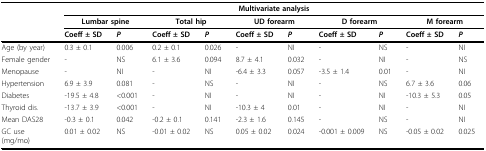
<table><thead><tr><td></td><td colspan="10"><b>Multivariate analysis</b></td></tr><tr><td></td><td colspan="2"><b>Lumbar spine</b></td><td colspan="2"><b>Total hip</b></td><td colspan="2"><b>UD forearm</b></td><td colspan="2"><b>D forearm</b></td><td colspan="2"><b>M forearm</b></td></tr><tr><td></td><td><b>Coeff ± SD</b></td><td><b><i>P</i></b></td><td><b>Coeff ± SD</b></td><td><b><i>P</i></b></td><td><b>Coeff ± SD</b></td><td><b><i>P</i></b></td><td><b>Coeff ± SD</b></td><td><b><i>P</i></b></td><td><b>Coeff ± SD</b></td><td><b><i>P</i></b></td></tr></thead><tbody><tr><td>Age (by year)</td><td>0.3 ± 0.1</td><td>0.006</td><td>0.2 ± 0.1</td><td>0.026</td><td>-</td><td>NI</td><td>-</td><td>NS</td><td>-</td><td>NI</td></tr><tr><td>Female gender</td><td>-</td><td>NS</td><td>6.1 ± 3.6</td><td>0.094</td><td>8.7 ± 4.1</td><td>0.032</td><td>-</td><td>NI</td><td>-</td><td>NS</td></tr><tr><td>Menopause</td><td>-</td><td>NI</td><td>-</td><td>NI</td><td>-6.4 ± 3.3</td><td>0.057</td><td>-3.5 ± 1.4</td><td>0.01</td><td>-</td><td>NI</td></tr><tr><td>Hypertension</td><td>6.9 ± 3.9</td><td>0.081</td><td>-</td><td>NS</td><td>-</td><td>NI</td><td>-</td><td>NS</td><td>6.7 ± 3.6</td><td>0.06</td></tr><tr><td>Diabetes</td><td>-19.5 ± 4.8</td><td>&lt;0.001</td><td>-</td><td>NI</td><td>-</td><td>NI</td><td>-</td><td>NI</td><td>-10.3 ± 5.3</td><td>0.05</td></tr><tr><td>Thyroid dis.</td><td>-13.7 ± 3.9</td><td>&lt;0.001</td><td>-</td><td>NI</td><td>-10.3 ± 4</td><td>0.01</td><td>-</td><td>NI</td><td>-</td><td>NI</td></tr><tr><td>Mean DAS28</td><td>-0.3 ± 0.1</td><td>0.042</td><td>-0.2 ± 0.1</td><td>0.141</td><td>-2.3 ± 1.6</td><td>0.145</td><td>-</td><td>NS</td><td>-</td><td>NI</td></tr><tr><td>GC use(mg/mo)</td><td>0.01 ± 0.02</td><td>NS</td><td>-0.01 ± 0.02</td><td>NS</td><td>0.05 ± 0.02</td><td>0.024</td><td>-0.001 ± 0.009</td><td>NS</td><td>-0.05 ± 0.02</td><td>0.025</td></tr></tbody></table>